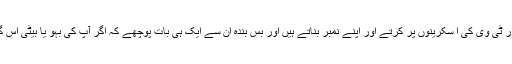
یہ وہ ساری باتیں ہیں جو بھارت کے معتبر سیاستدان دن رات ریلیوں ا ور ٹی وی کی ا سکرینوں پر کرتے اور اپنے نمبر بناتے ہیں اور بس بندہ ان سے ایک ہی بات پوچھے کہ اگر آپ کی بہو یا بیٹی اس گینگ ریپ کی زد میں آجاتی ہے تو پھر بھی با تیں آپ کو زیب دیں گی۔